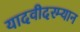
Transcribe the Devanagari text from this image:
यादवीदरम्यान